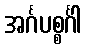
အင်္ဂပစ္စင်္ဂါ